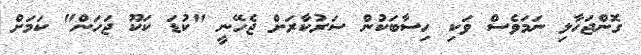
ގޮންޖަހާލި ނަމަވެސް ވަކި ހިސާބަކުން ސަރުކާރަށް ޖެހޭނީ "ކުޑަ ކަކޫ ޖަހަން" ކަމަށް